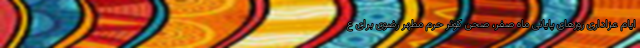
ایام عزاداری روزهای پایانی ماه صفر، صحن کوثر حرم مطهر رضوی برای ع